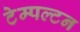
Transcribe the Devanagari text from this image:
टेम्पल्टन